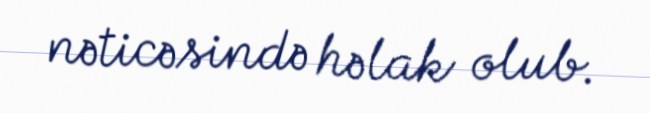
nəticəsində həlak olub.